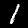
Digit: 1